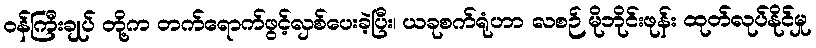
ဝန်ကြီးချုပ် တို့က တက်ရောက်ဖွင့်လှစ်ပေးခဲ့ပြီး၊ ယခုစက်ရုံဟာ လစဉ် မိုဘိုင်းဖုန်း ထုတ်လုပ်နိုင်မှု